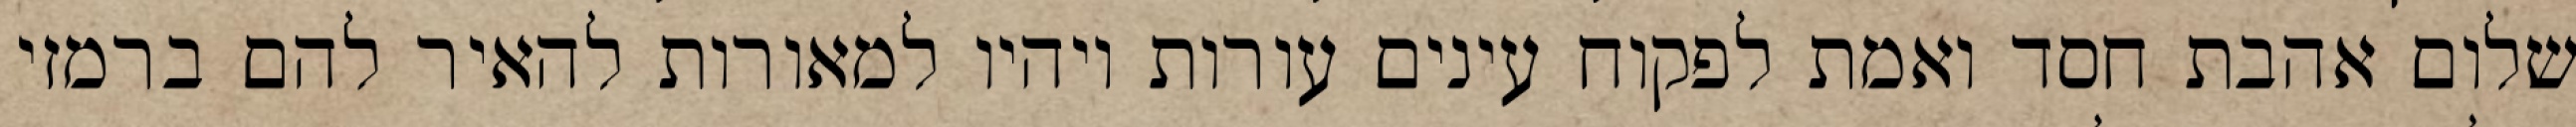
שלום אהבת חסד ואמת לפקוח עינים עורות ויהיו למאורות להאיר להם ברמזי